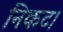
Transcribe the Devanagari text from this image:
निकट।